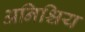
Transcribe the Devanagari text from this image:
अनिश्चिय